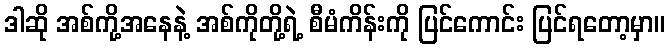
ဒါဆို အစ်ကို့အနေနဲ့ အစ်ကိုတို့ရဲ့ စီမံကိန်းကို ပြင်ကောင်း ပြင်ရတော့မှာ။